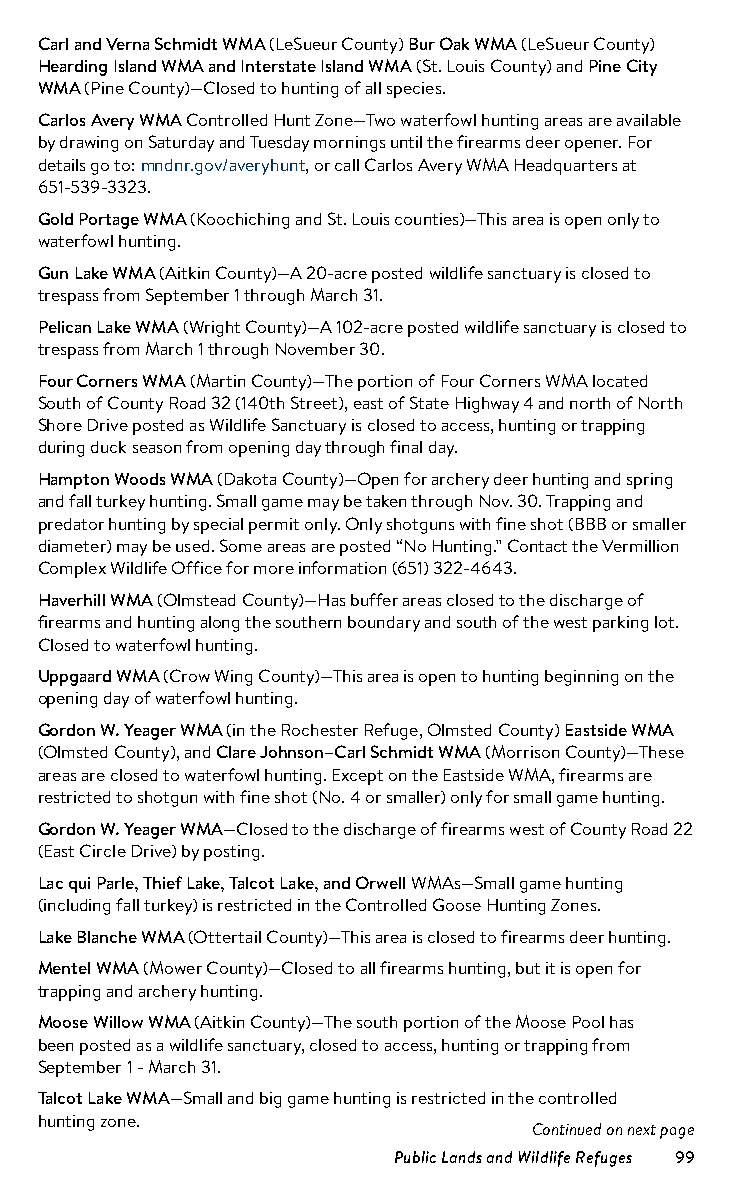
Carl and Verna Schmidt WMA (LeSueur County) Bur Oak WMA (LeSueur County)
 Hearding Island WMA and Interstate Island WMA (St. Louis County) and Pine City
 WMA (Pine County)—Closed to hunting of all species.
 Carlos Avery WMA Controlled Hunt Zone—Two waterfowl hunting areas are available
 by drawing on Saturday and Tuesday mornings until the firearms deer opener. For
 details go to: mndnr.gov/averyhunt, or call Carlos Avery WMA Headquarters at
 651-539-3323.
 Gold Portage WMA (Koochiching and St. Louis coun ties)—This area is open only to
 waterfowl hunting.
 Gun Lake WMA (Aitkin County)—A 20-acre posted wildlife sanctuary is closed to
 trespass from September 1 through March 31.
 Pelican Lake WMA (Wright County)—A 102-acre posted wildlife sanctuary is closed to
 trespass from March 1 through November 30.
 Four Corners WMA (Martin County)—The portion of Four Corners WMA located
 South of County Road 32 (140th Street), east of State Highway 4 and north of North
 Shore Drive posted as Wildlife Sanctuary is closed to access, hunting or trapping
 during duck season from opening day through final day.
 Hampton Woods WMA (Dakota County)—Open for archery deer hunting and spring
 and fall turkey hunting. Small game may be taken through Nov. 30. Trapping and
 predator hunting by special permit only. Only shotguns with fine shot (BBB or smaller
 diameter) may be used. Some areas are posted “No Hunting.” Contact the Vermillion
 Complex Wildlife Office for more information (651) 322-4643.
 Haverhill WMA (Olmstead County)—Has buffer areas closed to the discharge of
 firearms and hunting along the southern boundary and south of the west parking lot.
 Closed to waterfowl hunting.
 Uppgaard WMA (Crow Wing County)—This area is open to hunting beginning on the
 opening day of waterfowl hunting.
 Gordon W. Yeager WMA (in the Rochester Refuge, Olmsted County) Eastside WMA
 (Olmsted County), and Clare Johnson–Carl Schmidt WMA (Morrison County)—These
 areas are closed to waterfowl hunting. Except on the Eastside WMA, firearms are
 restricted to shotgun with fine shot (No. 4 or smaller) only for small game hunting.
 Gordon W. Yeager WMA—Closed to the discharge of firearms west of County Road 22
 (East Circle Drive) by posting.
 Lac qui Parle, Thief Lake, Talcot Lake, and Orwell WMAs—Small game hunting
 (including fall turkey) is restricted in the Controlled Goose Hunting Zones.
 Lake Blanche WMA (Ottertail County)—This area is closed to firearms deer hunting.
 Mentel WMA (Mower County)—Closed to all firearms hunting, but it is open for
 trapping and archery hunting.
 Moose Willow WMA (Aitkin County)—The south portion of the Moose Pool has
 been posted as a wildlife sanctuary, closed to access, hunting or trapping from
 September 1 - March 31.
 Talcot Lake WMA—Small and big game hunting is restricted in the controlled
 hunting zone.
 Continued on next page
 Public Lands and Wildlife Refuges 99